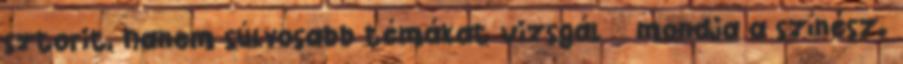
sztorit, hanem súlyosabb témákat vizsgál – mondja a színész.